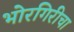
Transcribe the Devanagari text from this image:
भोरगिरीचा